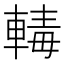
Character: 𨍛